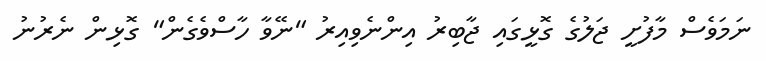
ނަމަވެސް މާފުށީ ޖަލުގެ ގޮޅީގައި ޖާބިރު އިންނެވިއިރު "ނޭވާ ހާސްވެގެން" ގޮޅިން ނެރުނު